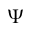
\Psi